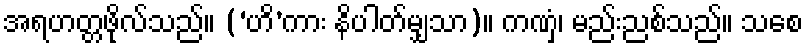
အရဟတ္တဖိုလ်သည်။ (‘ဟိ’ကား နိပါတ်မျှသာ)။ ကဏှံ၊ မည်းညစ်သည်။ သစေ